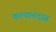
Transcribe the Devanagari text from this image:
कल्यानदास